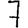
Digit: 7